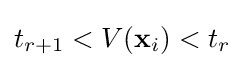
t_{r+1}<V(\mathbf {x} _{i})<t_{r}